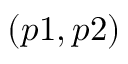
( p 1 , p 2 )